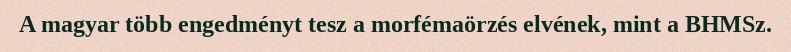
A magyar több engedményt tesz a morfémaörzés elvének, mint a BHMSz.